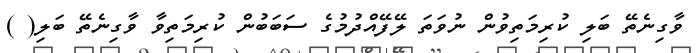
ވާގިނެތޭ ބަލި ކުރިމަތިވުން ނުވަތަ ލޭފޭއްދުމުގެ ސަބަބުން ކުރިމަތިވާ ވާގިނެތޭ ބަލި( )